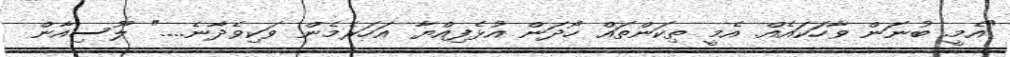
"އެމީ. ބުނަން ވާހަކައެއް. އެމީ ތިކަންތައް ހޯދަން އުޅެފިއްޔާ އަހަރެމެން ވަކިވެދާނެ...." ލޫސިއާން